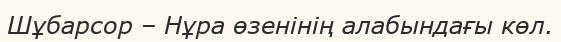
Шұбарсор – Нұра өзенінiң алабындағы көл.